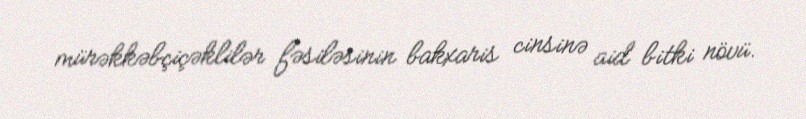
mürəkkəbçiçəklilər fəsiləsinin bakxaris cinsinə aid bitki növü.